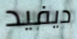
ديفيد